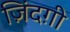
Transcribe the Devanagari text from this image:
ज़िंदग़ी